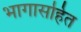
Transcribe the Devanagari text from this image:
भागासहित